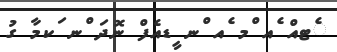
ެޓއް ެއ ްމ ެއ ްނ ީޑއެފް ނޮދަ ްނ ަކމާ ގު